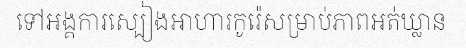
ទៅអង្គការស្បៀងអាហារកូរ៉េសម្រាប់ភាពអត់ឃ្លាន